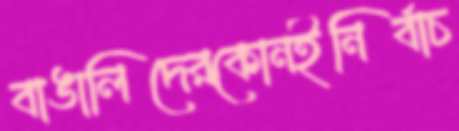
বাঙালিদেরকোনইনির্বাচ